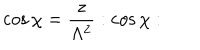
\cos \chi = \frac { z } { \Lambda ^ { 2 } } : \cos \chi :